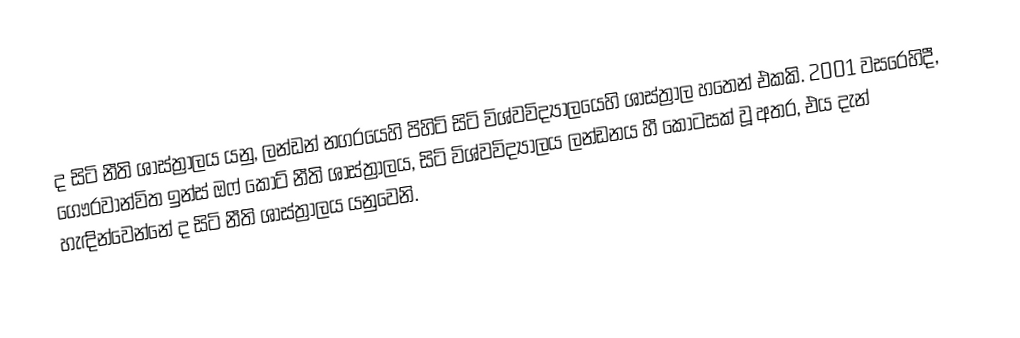
ද සිටි නීති ශාස්ත්‍රාලය යනු,  ලන්ඩන් නගරයෙහි පිහිටි සිටි විශ්වවිද්‍යාලයෙහි ශාස්ත්‍රාල හතෙන් එකකි. 2001 වසරෙහිදී, ගෞරවාන්විත ඉන්ස් ඔෆ් කෝට් නීති ශාස්ත්‍රාලය, සිටි විශ්වවිද්‍යාලය ලන්ඩනය හී කොටසක් වූ අතර, එය දැන් හැඳින්වෙන්නේ ද සිටි නීති ශාස්ත්‍රාලය යනුවෙනි.